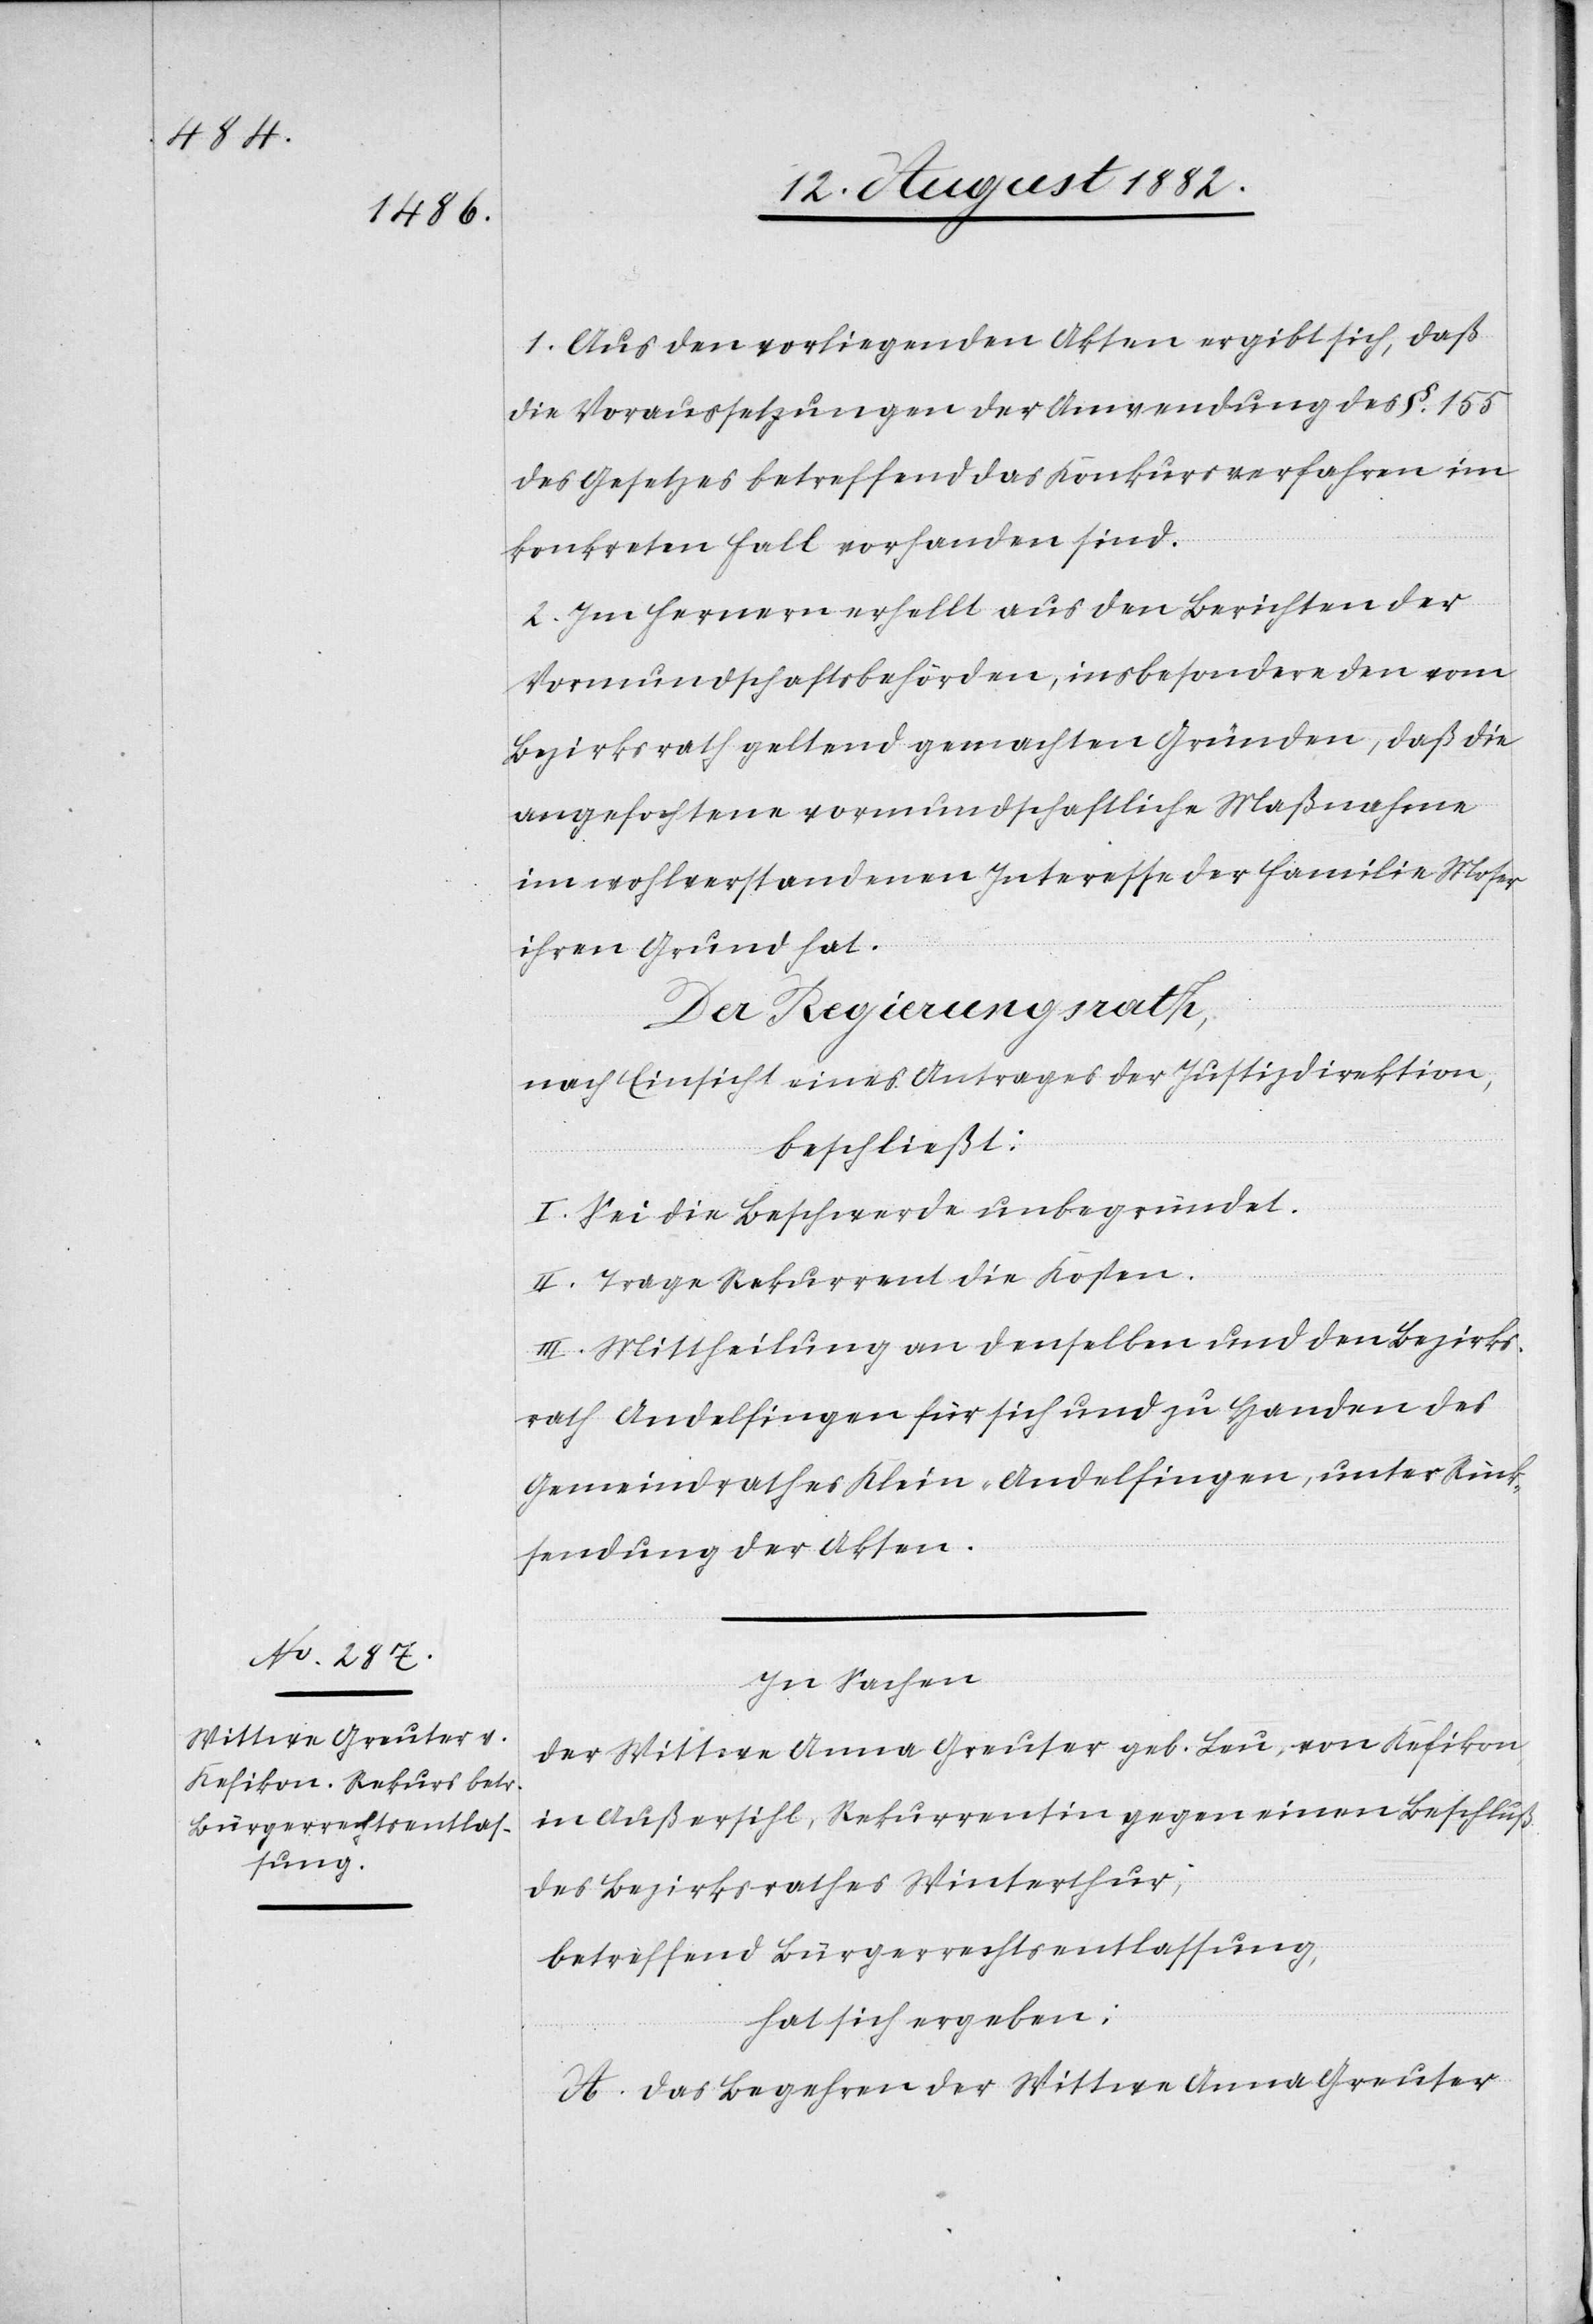
1. Aus den vorliegenden Akten ergibt sich, daß
die Voraussetzungen der Anwendung des §. 155
des Gesetzes betreffend das Konkursverfahren im
konkreten Falle vorhanden sind.
2. Im Fernern erhellt aus den Berichten der
Vormundschaftsbehörden, insbesondere den vom
Bezirksrath geltend gemachten Gründen, daß die
angefochtene vormundschaftliche Maßnahme
im wohlverstandenen Interesse der Familie Moser
ihren Grund hat.
Der Regierungsrath,
nach Einsicht eines Antrages der Justizdirektion,
beschließt:
I. Sei die Beschwerde unbegründet.
II. Trage Rekurrent die Kosten.
III. Mittheilung an denselben und den Bezirks¬
rath Andelfingen für sich und zu Handen des
Gemeindrathes Klein-Andelfingen, unter Rück¬
sendung der Akten.
In Sachen
der Wittwe Anna Greuter geb. Leu, von Kefikon
in Außersihl, Rekurrentin gegen einen Beschluß
des Bezirksrathes Winterthur,
betreffend Bürgerrechtsentlassung,
hat sich ergeben:
A. Das Begehren der Wittwe Anna Greuter